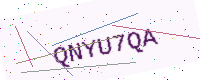
Text: QNYU7QA